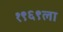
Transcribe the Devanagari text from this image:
१९६९ला